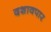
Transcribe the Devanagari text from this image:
दशावपार